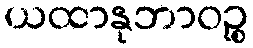
ယထာနုဘာဝဉ္စ